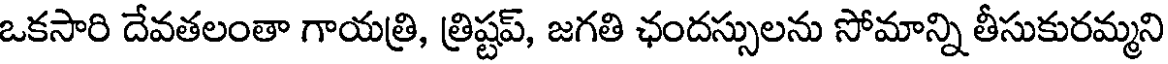
ఒకసారి దేవతలంతా గాయత్రి, త్రిష్టప్, జగతి ఛందస్సులను సోమాన్ని తీసుకురమ్మని